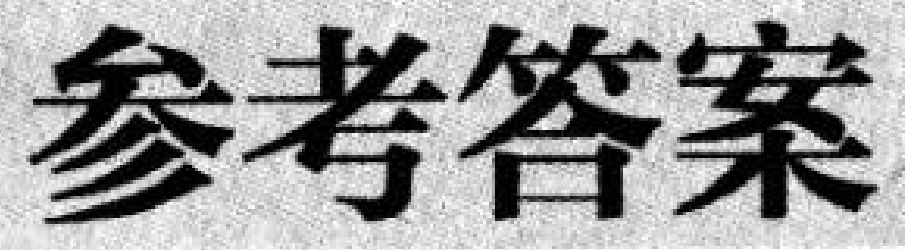
参考答案